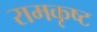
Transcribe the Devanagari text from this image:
रामकृष्ट